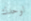
لوحدك